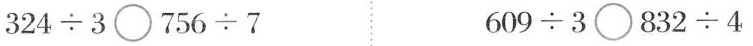
$$324\div37\bigcirc 56\div7 $$ $$609\div3\bigcirc 832\div4$$